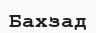
Бахзад